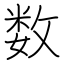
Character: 数